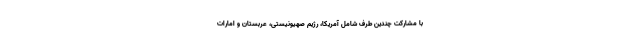
با مشارکت چندین طرف شامل آمریکا، رژیم صهیونیستی، عربستان و امارات